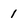
Character: 1